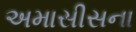
અમાસીસના